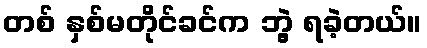
တစ် နှစ်မတိုင်ခင်က ဘွဲ့ ရခဲ့တယ်။